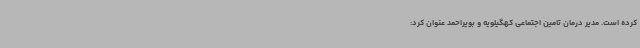
کرده است. مدیر درمان تامین اجتماعی کهگیلویه و بویراحمد عنوان کرد: